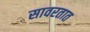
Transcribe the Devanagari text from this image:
सावरतात